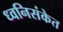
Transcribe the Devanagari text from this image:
ध्वनिसंकेत